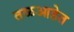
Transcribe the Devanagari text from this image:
तळआहेत